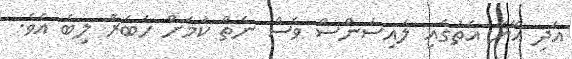
އަދި އޭނާ އަތުގައި ލައިސަންސް ވެސް ނެތް ކަމަށް ހަބަރު ލިބެ އެވެ.